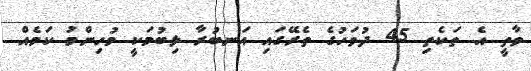
ވާތީ އެ ތަކެތި 45 ދުވަހުގެ ތެރޭގައި އަނބުރާ ލިބުމަކީ މުހިންމު ކަމެއް